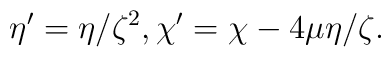
\eta'=\eta/\zeta^2, \chi'=\chi-4\mu\eta/\zeta.